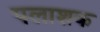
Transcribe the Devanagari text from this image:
पलाशक